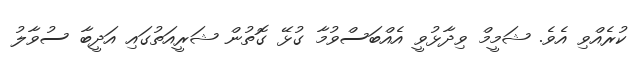
ކުރެއްވި އެވެ. ޝަމީމް ވިދާޅުވީ އެއްބަސްވުމާ ގުޅޭ ގޮތުން ޝަރީއަތުގައި އަދީބާ ސުވާލު